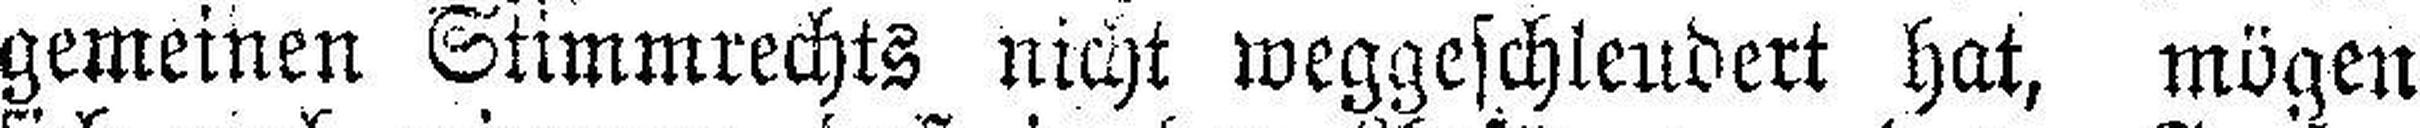
gemeinen Stimmrechts nicht weggeschleudert hat, mögen